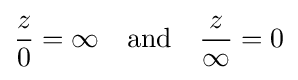
{\frac {z}{0}}=\infty \quad {\text{and}}\quad {\frac {z}{\infty }}=0